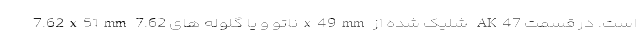
7.62x51mm ناتو و یا گلوله های 7.62x49mm شلیک شده از AK47 است. در قسمت